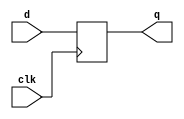
/* Standard include file for EECS151.

 The "no flip-flop inference" policy.  Instead of using flip-flop and
 register inference, all EECS151/251A Verilog specifications will use
 explicit instantiation of register modules (defined below).  This
 policy will apply to lecture, discussion, lab, project, and problem
 sets.  This way of specification matches our RTL model of circuit,
 i.e., all specifications are nothing but a set of interconnected
 combinational logic blocks and state elements.  The goal is to
 simplify the use of Verilog and avoid mistakes that arise from
 specifying sequential logic.  Also, we can eliminate the explicit use
 of the non-blocking assignment "<=", and the associated confusion
 about blocking versus non-blocking.

 Here is a draft set of standard registers for EECS151.  All are
 positive edge triggered.  R and CE represent synchronous reset and
 clock enable, respectively. Both are active high.

 REGISTER 
 REGISTER_CE
 REGISTER_R
 REGISTER_R_CE
*/
`timescale 1ns/1ns

// Register of D-Type Flip-flops
module REGISTER(q, d, clk);
   parameter N = 1;
   output reg [N-1:0] q;
   input [N-1:0]      d;
   input 	     clk;
   initial q = {N{1'b0}};
   always @(posedge clk)
    q <= d;
endmodule // REGISTER

// Register with clock enable
module REGISTER_CE(q, d, ce, clk);
   parameter N = 1;
   output reg [N-1:0] q;
   input [N-1:0]      d;
   input 	      ce, clk;
   initial q = {N{1'b0}};
   always @(posedge clk)
     if (ce) q <= d;
endmodule // REGISTER_CE

// Register with reset value
module REGISTER_R(q, d, rst, clk);
   parameter N = 1;
   parameter INIT = {N{1'b0}};
   output reg [N-1:0] q;
   input [N-1:0]      d;
   input 	      rst, clk;
   initial q = INIT;
   always @(posedge clk)
     if (rst) q <= INIT;
     else q <= d;
endmodule // REGISTER_R

// Register with reset and clock enable
//  Reset works independently of clock enable
module REGISTER_R_CE(q, d, rst, ce, clk);
   parameter N = 1;
   parameter INIT = {N{1'b0}};
   output reg [N-1:0] q;
   input [N-1:0]      d;
   input 	      rst, ce, clk;
   initial q = INIT;
   always @(posedge clk)
     if (rst) q <= INIT;
     else if (ce) q <= d;
endmodule // REGISTER_R_CE

// Register of D-Type Flip-flops with IOB attribute
module REGISTER_IOB (q, d, clk);
   parameter N = 1;
   (* IOB = "true" *) output reg [N-1:0] q;
   input [N-1:0]      d;
   input 	     clk;
   initial q = {N{1'b0}};
   always @(posedge clk)
    q <= d;
endmodule // REGISTER_IOB

/* 
 Memory Blocks.  These will simulate correctly and synthesize
 correctly to memory resources in the FPGA flow.  Eventually, will
 need to make an ASIC version.
*/
// Single-ported ROM with asynchronous read
module ASYNC_ROM(q, addr, clk);
    parameter DWIDTH = 8;               // Data width
    parameter AWIDTH = 8;               // Address width
    parameter DEPTH = 256;              // Memory depth
    parameter MEM_INIT_HEX_FILE = "";
    parameter MEM_INIT_BIN_FILE = "";
    input [AWIDTH-1:0] addr;            // Address input
    input 	           clk;
    output [DWIDTH-1:0] q;
    (* ram_style = "distributed" *) reg [DWIDTH-1:0] mem [DEPTH-1:0];

    integer i;
    initial begin
        if (MEM_INIT_HEX_FILE != "") begin
	          $readmemh(MEM_INIT_HEX_FILE, mem);
        end
        else if (MEM_INIT_BIN_FILE != "") begin
	          $readmemb(MEM_INIT_BIN_FILE, mem);
        end
        else begin
            for (i = 0; i < DEPTH; i = i + 1) begin
                mem[i] = 0;
            end
        end
    end

    assign q = mem[addr];
endmodule // ASYNC_ROM

// Single-ported RAM with asynchronous read
module ASYNC_RAM(q, d, addr, we, clk);
    parameter DWIDTH = 8;               // Data width
    parameter AWIDTH = 8;               // Address width
    parameter DEPTH = 256;              // Memory depth
    parameter MEM_INIT_HEX_FILE = "";
    parameter MEM_INIT_BIN_FILE = "";
    input [DWIDTH-1:0] d;               // Data input
    input [AWIDTH-1:0] addr;            // Address input
    input 	           we, clk;
    output [DWIDTH-1:0] q;
    (* ram_style = "distributed" *) reg [DWIDTH-1:0] mem [DEPTH-1:0];

    integer i;
    initial begin
        if (MEM_INIT_HEX_FILE != "") begin
	          $readmemh(MEM_INIT_HEX_FILE, mem);
        end
        else if (MEM_INIT_BIN_FILE != "") begin
	          $readmemb(MEM_INIT_BIN_FILE, mem);
        end
        else begin
            for (i = 0; i < DEPTH; i = i + 1) begin
                mem[i] = 0;
            end
        end
    end

    always @(posedge clk) begin
        if (we)
            mem[addr] <= d;
    end

    assign q = mem[addr];
endmodule // ASYNC_RAM

/*
 To add: multiple ports, synchronous read, ASIC synthesis support.
 */

// Single-ported ROM with synchronous read
module SYNC_ROM(q, addr, clk);
    parameter DWIDTH = 8;               // Data width
    parameter AWIDTH = 8;               // Address width
    parameter DEPTH = 256;              // Memory depth
    parameter MEM_INIT_HEX_FILE = "";
    parameter MEM_INIT_BIN_FILE = "";
    input [AWIDTH-1:0] addr;            // Address input
    input 	           clk;
    output [DWIDTH-1:0] q;
    (* ram_style = "block" *) reg [DWIDTH-1:0] mem [DEPTH-1:0];

    integer i;
    initial begin
        if (MEM_INIT_HEX_FILE != "") begin
	          $readmemh(MEM_INIT_HEX_FILE, mem);
        end
        else if (MEM_INIT_BIN_FILE != "") begin
	          $readmemb(MEM_INIT_BIN_FILE, mem);
        end
        else begin
            for (i = 0; i < DEPTH; i = i + 1) begin
                mem[i] = 0;
            end
        end
    end

    reg [DWIDTH-1:0] read_reg_val;
    always @(posedge clk) begin
        read_reg_val <= mem[addr];
    end

    assign q = read_reg_val;
endmodule // SYNC_ROM

// Single-ported RAM with synchronous read
module SYNC_RAM(q, d, addr, we, clk);
    parameter DWIDTH = 8;               // Data width
    parameter AWIDTH = 8;               // Address width
    parameter DEPTH = 256;              // Memory depth
    parameter MEM_INIT_HEX_FILE = "";
    parameter MEM_INIT_BIN_FILE = "";
    input [DWIDTH-1:0] d;               // Data input
    input [AWIDTH-1:0] addr;            // Address input
    input 	           we, clk;
    output [DWIDTH-1:0] q;
    (* ram_style = "block" *) reg [DWIDTH-1:0] mem [DEPTH-1:0];

    integer i;
    initial begin
        if (MEM_INIT_HEX_FILE != "") begin
	          $readmemh(MEM_INIT_HEX_FILE, mem);
        end
        else if (MEM_INIT_BIN_FILE != "") begin
	          $readmemb(MEM_INIT_BIN_FILE, mem);
        end
        else begin
            for (i = 0; i < DEPTH; i = i + 1) begin
                mem[i] = 0;
            end
        end
    end

    reg [DWIDTH-1:0] read_reg_val;
    always @(posedge clk) begin
        if (we)
            mem[addr] <= d;
        read_reg_val <= mem[addr];
    end

    assign q = read_reg_val;
endmodule // SYNC_RAM

// Single-ported RAM with synchronous read with write byte-enable
module SYNC_RAM_WBE(q, d, addr, wbe, clk, rst);
    parameter DWIDTH = 8;               // Data width
    parameter AWIDTH = 8;               // Address width
    parameter DEPTH = 256;              // Memory depth
    parameter MEM_INIT_HEX_FILE = "";
    parameter MEM_INIT_BIN_FILE = "";
    input [DWIDTH-1:0] d;               // Data input
    input [AWIDTH-1:0] addr;            // Address input
    input [DWIDTH/8-1:0] wbe;
    input clk, rst;
    output [DWIDTH-1:0] q;
    (* ram_style = "block" *) reg [DWIDTH-1:0] mem [DEPTH-1:0];

    integer i;
    initial begin
        if (MEM_INIT_HEX_FILE != "") begin
	          $readmemh(MEM_INIT_HEX_FILE, mem);
        end
        else if (MEM_INIT_BIN_FILE != "") begin
	          $readmemb(MEM_INIT_BIN_FILE, mem);
        end
        else begin
            for (i = 0; i < DEPTH; i = i + 1) begin
                mem[i] = 0;
            end
        end
    end

    reg [DWIDTH-1:0] read_reg_val;
    always @(posedge clk) begin
        for (i = 0; i < DWIDTH/8; i = i+1) begin
            if (wbe[i])
                mem[addr][i*8 +: 8] <= d[i*8 +: 8];
        end
        if (rst)
            read_reg_val <= 0;
        else
            read_reg_val <= mem[addr];
    end

    assign q = read_reg_val;
endmodule // SYNC_RAM_WBE

// Xilinx FPGA Dual-ported RAM with synchronous read
module XILINX_SYNC_RAM_DP(q0, d0, addr0, we0, q1, d1, addr1, we1, clk, rst);
    parameter DWIDTH = 8;               // Data width
    parameter AWIDTH = 8;               // Address width
    parameter DEPTH = 256;              // Memory depth
    parameter MEM_INIT_HEX_FILE = "";
    parameter MEM_INIT_BIN_FILE = "";
    input clk;
    input rst;
    input [DWIDTH-1:0] d0;               // Data input
    input [AWIDTH-1:0] addr0;            // Address input
    input we0;
    output [DWIDTH-1:0] q0;

    input [DWIDTH-1:0] d1;               // Data input
    input [AWIDTH-1:0] addr1;            // Address input
    input we1;
    output [DWIDTH-1:0] q1;
    (* ram_style = "block" *) reg [DWIDTH-1:0] mem [DEPTH-1:0];

    integer i;
    initial begin
        if (MEM_INIT_HEX_FILE != "") begin
	          $readmemh(MEM_INIT_HEX_FILE, mem);
        end
        else if (MEM_INIT_BIN_FILE != "") begin
	          $readmemb(MEM_INIT_BIN_FILE, mem);
        end
        else begin
            for (i = 0; i < DEPTH; i = i + 1) begin
                mem[i] = 0;
            end
        end
    end

    reg [DWIDTH-1:0] read0_reg_val;
    reg [DWIDTH-1:0] read1_reg_val;
    always @(posedge clk) begin
        if (we0)
            mem[addr0] <= d0;
        if (rst)
            read0_reg_val <= 0;
        else
            read0_reg_val <= mem[addr0];
    end

    always @(posedge clk) begin
        if (we1)
            mem[addr1] <= d1;
        if (rst)
            read1_reg_val <= 0;
        else
            read1_reg_val <= mem[addr1];
    end

    assign q0 = read0_reg_val;
    assign q1 = read1_reg_val;

endmodule // XILINX_SYNC_RAM_DP

// Xilinx FPGA Dual-ported RAM with synchronous read with write byte-enable
module XILINX_SYNC_RAM_DP_WBE(q0, d0, addr0, wbe0, q1, d1, addr1, wbe1, clk, rst);
    parameter DWIDTH = 8;               // Data width
    parameter AWIDTH = 8;               // Address width
    parameter DEPTH = 256;              // Memory depth
    parameter MEM_INIT_HEX_FILE = "";
    parameter MEM_INIT_BIN_FILE = "";
    input clk;
    input rst;
    input [DWIDTH-1:0] d0;               // Data input
    input [AWIDTH-1:0] addr0;            // Address input
    input [DWIDTH/8-1:0] wbe0;
    output [DWIDTH-1:0] q0;

    input [DWIDTH-1:0] d1;               // Data input
    input [AWIDTH-1:0] addr1;            // Address input
    input [DWIDTH/8-1:0] wbe1;
    output [DWIDTH-1:0] q1;
    (* ram_style = "block" *) reg [DWIDTH-1:0] mem [DEPTH-1:0];

    integer i;
    initial begin
        if (MEM_INIT_HEX_FILE != "") begin
	          $readmemh(MEM_INIT_HEX_FILE, mem);
        end
        else if (MEM_INIT_BIN_FILE != "") begin
	          $readmemb(MEM_INIT_BIN_FILE, mem);
        end
        else begin
            for (i = 0; i < DEPTH; i = i + 1) begin
                mem[i] = 0;
            end
        end
    end

    reg [DWIDTH-1:0] read0_reg_val;
    reg [DWIDTH-1:0] read1_reg_val;

    always @(posedge clk) begin
        for (i = 0; i < 4; i = i+1) begin
            if (wbe0[i])
                mem[addr0][i*8 +: 8] <= d0[i*8 +: 8];
        end
        if (rst)
            read0_reg_val <= 0;
        else
            read0_reg_val <= mem[addr0];
    end

    always @(posedge clk) begin
        for (i = 0; i < 4; i = i+1) begin
            if (wbe1[i])
                mem[addr1][i*8 +: 8] <= d1[i*8 +: 8];
        end
        if (rst)
            read1_reg_val <= 0;
        else
            read1_reg_val <= mem[addr1];
    end

    assign q0 = read0_reg_val;
    assign q1 = read1_reg_val;

endmodule // XILINX_SYNC_RAM_DP_WBE

// Xilinx FPGA Dual-ported RAM with asynchronous read
module XILINX_ASYNC_RAM_DP(q0, d0, addr0, we0, q1, d1, addr1, we1, clk, rst);
    parameter DWIDTH = 8;               // Data width
    parameter AWIDTH = 8;               // Address width
    parameter DEPTH = 256;              // Memory depth
    parameter MEM_INIT_HEX_FILE = "";
    parameter MEM_INIT_BIN_FILE = "";
    input clk;
    input rst;
    input [DWIDTH-1:0] d0;               // Data input
    input [AWIDTH-1:0] addr0;            // Address input
    input 	           we0;
    output [DWIDTH-1:0] q0;

    input [DWIDTH-1:0] d1;               // Data input
    input [AWIDTH-1:0] addr1;            // Address input
    input 	           we1;
    output [DWIDTH-1:0] q1;
    (* ram_style = "distributed" *) reg [DWIDTH-1:0] mem [DEPTH-1:0];

    integer i;
    initial begin
        if (MEM_INIT_HEX_FILE != "") begin
	          $readmemh(MEM_INIT_HEX_FILE, mem);
        end
        else if (MEM_INIT_BIN_FILE != "") begin
	          $readmemb(MEM_INIT_BIN_FILE, mem);
        end
        else begin
            for (i = 0; i < DEPTH; i = i + 1) begin
                mem[i] = 0;
            end
        end
    end

    always @(posedge clk) begin
        if (we0)
            mem[addr0] <= d0;
    end

    always @(posedge clk) begin
        if (we1)
            mem[addr1] <= d1;
    end

    assign q0 = mem[addr0];
    assign q1 = mem[addr1];

endmodule // XILINX_SYNC_RAM_DP

// Register File with single-port Write (port 0), dual-port Read (port 1 and 2)
// Write is synchronous, Read is asynchronous
module REGFILE_1W2R(d0, addr0, we0, q1, addr1, q2, addr2, clk);
    parameter DWIDTH = 8;               // Data width
    parameter AWIDTH = 8;               // Address width
    parameter DEPTH = 256;              // Memory depth
    parameter MEM_INIT_HEX_FILE = "";
    parameter MEM_INIT_BIN_FILE = "";
    input clk;

    input [DWIDTH-1:0] d0;               // Data input
    input [AWIDTH-1:0] addr0;            // Address input
    input              we0;              // Write enable

    input [AWIDTH-1:0] addr1;            // Address input
    output [DWIDTH-1:0] q1;

    input [AWIDTH-1:0] addr2;            // Address input
    output [DWIDTH-1:0] q2;

    reg [DWIDTH-1:0] mem [DEPTH-1:0];

    integer i;
    initial begin
        if (MEM_INIT_HEX_FILE != "") begin
                  $readmemh(MEM_INIT_HEX_FILE, mem);
        end
        else if (MEM_INIT_BIN_FILE != "") begin
                  $readmemb(MEM_INIT_BIN_FILE, mem);
        end
        else begin
            for (i = 0; i < DEPTH; i = i + 1) begin
                mem[i] = 0;
            end
        end
    end

    always @(posedge clk) begin
        // RISC-V style: reg0 is always 0
        if (we0 == 1 && addr0 != 0)
            mem[addr0] <= d0;
    end

    assign q1 = mem[addr1];
    assign q2 = mem[addr2];

endmodule // REGFILE_1W2R